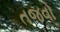
તજવો